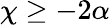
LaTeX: \chi\geq-2\alpha